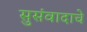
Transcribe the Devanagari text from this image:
सुसंवादाचे